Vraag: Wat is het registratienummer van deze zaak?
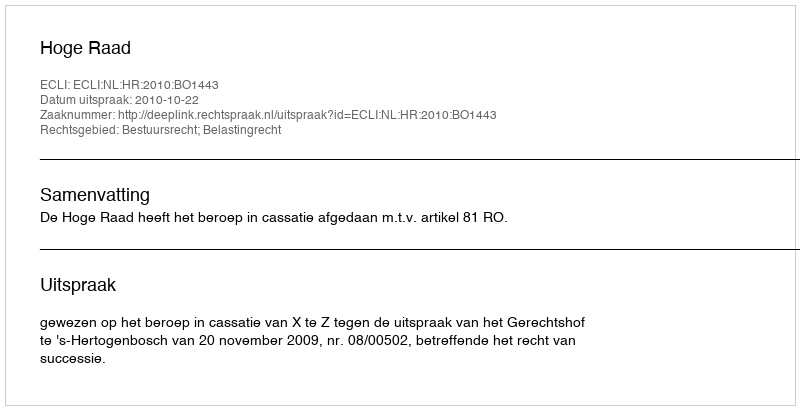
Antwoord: http://deeplink.rechtspraak.nl/uitspraak?id=ECLI:NL:HR:2010:BO1443